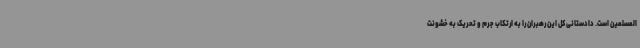
المسلمین است. دادستانی کل این رهبران را به ارتکاب جرم و تحریک به خشونت